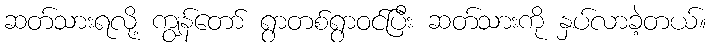
ဆတ်သားရလို့ ကျွန်တော် ရွာတစ်ရွာဝင်ပြီး ဆတ်သားကို နှပ်လာခဲ့တယ်။